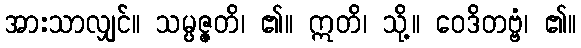
အားသာလျှင်။ သမ္ပဇ္ဇတိ၊ ၏။ ဣတိ၊ သို့။ ဝေဒိတဗ္ဗံ၊ ၏။